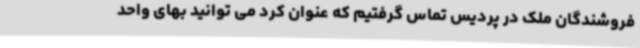
فروشندگان ملک در پردیس تماس گرفتیم که عنوان کرد می توانید بهای واحد